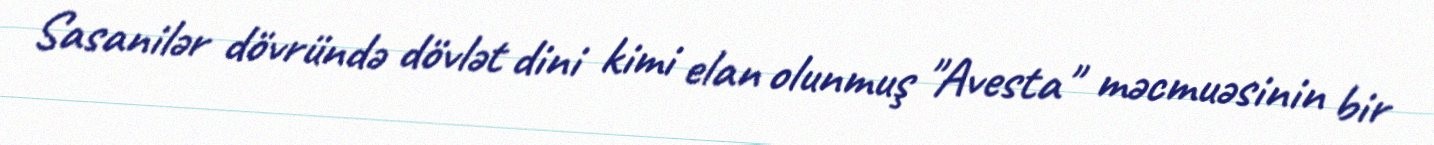
Sasanilər dövründə dövlət dini kimi elan olunmuş "Avesta" məcmuəsinin bir